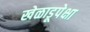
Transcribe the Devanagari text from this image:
खेळाडूपेक्षा